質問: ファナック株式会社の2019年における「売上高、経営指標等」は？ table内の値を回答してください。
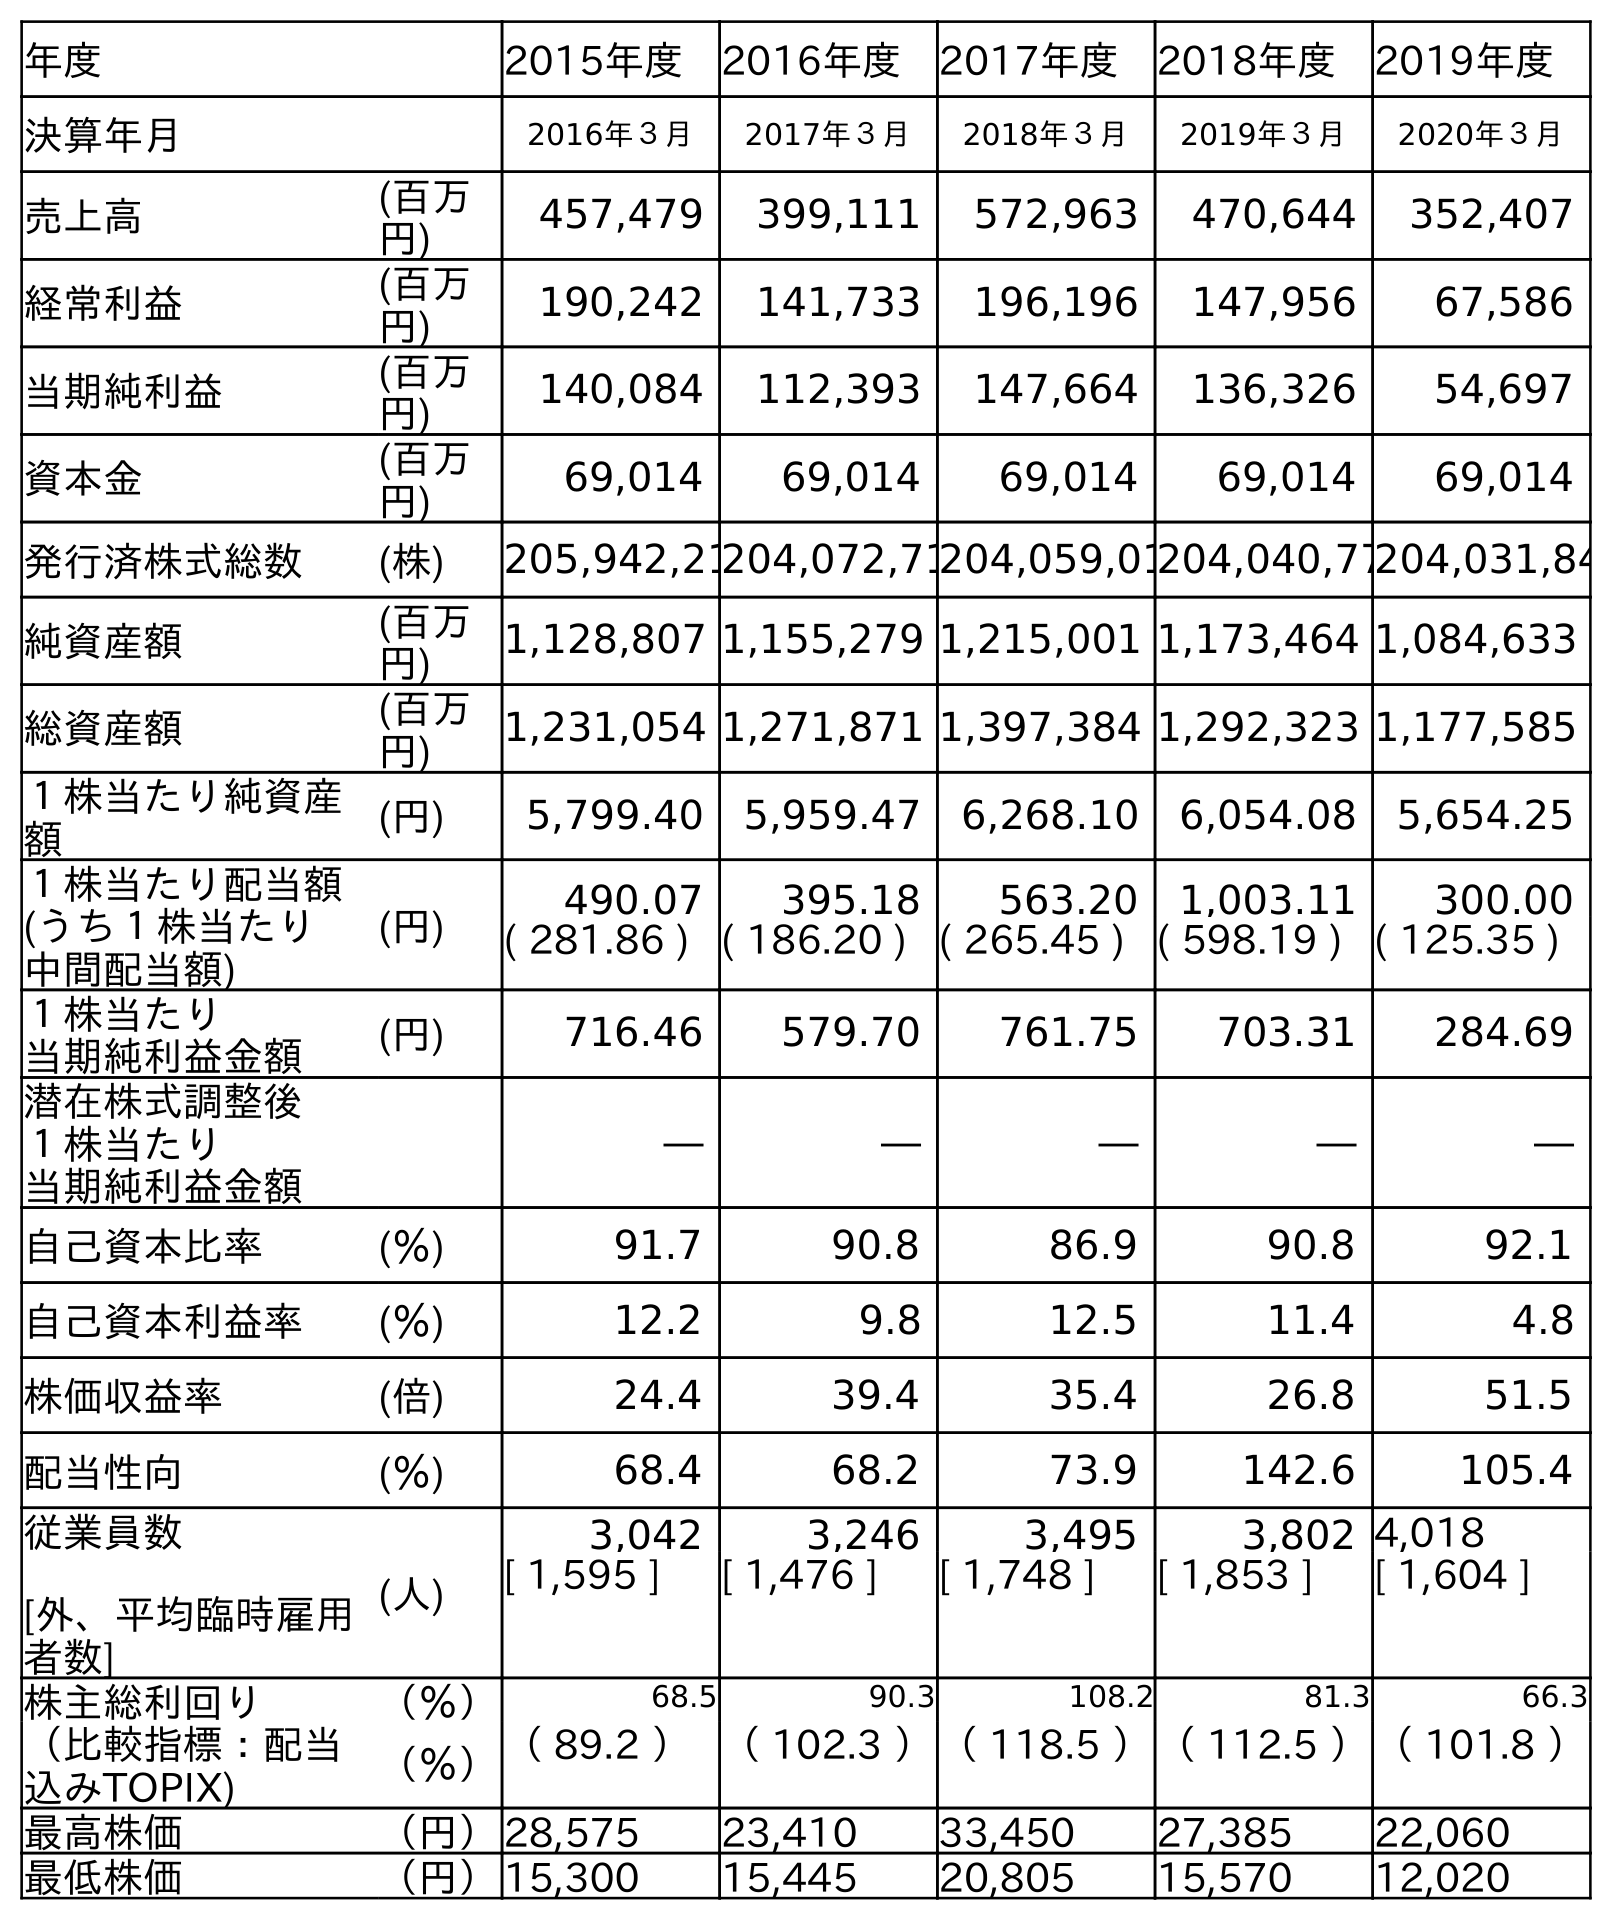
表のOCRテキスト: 年度 2015年度 2016年度 2017年度 2018年度 2019年度 決算年月 2016年３月 2017年３月 2018年３月 2019年３月 2020年３月 売上高 (百万 円) 457,479 399,111 572,963 470,644 352,407 経常利益 (百万 円) 190,242 141,733 196,196 147,956 67,586 当期純利益 (百万 円) 140,084 112,393 147,664 136,326 54,697 資本金 (百万 円) 69,014 69,014 69,014 69,014 69,014 発行済株式総数 (株) 205,942,21204,072,71204,059,01204,040,77204,031,84 純資産額 (百万 円) 1,128,807 1,155,279 1,215,001 1,173,464 1,084,633 総資産額 (百万 円) 1,231,054 1,271,871 1,397,384 1,292,323 1,177,585 １株当たり純資産 額 (円) 5,799.40 5,959.47 6,268.10 6,054.08 5,654.25 １株当たり配当額 (うち１株当たり 中間配当額) (円) 490.07 395.18 563.20 1,003.11 300.00 ( 281.86 ) ( 186.20 ) ( 265.45 ) ( 598.19 ) ( 125.35 ) １株当たり 当期純利益金額 (円) 716.46 579.70 761.75 703.31 284.69 潜在株式調整後 １株当たり 当期純利益金額 ― ― ― ― ― 自己資本比率 (％) 91.7 90.8 86.9 90.8 92.1 自己資本利益率 (％) 12.2 9.8 12.5 11.4 4.8 株価収益率 (倍) 24.4 39.4 35.4 26.8 51.5 配当性向 (％) 68.4 68.2 73.9 142.6 105.4 従業員数 [外、平均臨時雇用 者数] (人) 3,042 3,246 3,495 3,802 4,018 [ 1,595 ] [ 1,476 ] [ 1,748 ] [ 1,853 ] [ 1,604 ] 株主総利回り （％） 68.5 90.3 108.2 81.3 66.3 （比較指標：配当 込みTOPIX) （％）（ 89.2 ）（ 102.3 ）（ 118.5 ）（ 112.5 ）（ 101.8 ） 最高株価 （円）28,575 23,410 33,450 27,385 22,060 最低株価 （円）15,300 15,445 20,805 15,570 12,020
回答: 470,644